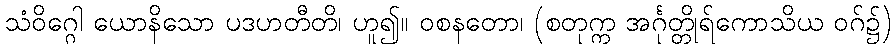
သံဝိဂ္ဂေါ ယောနိသော ပဒဟတီတိ၊ ဟူ၍။ ဝစနတော၊ (စတုက္က အင်္ဂုတ္တိုရ်ကောသိယ ဝဂ်၌)